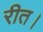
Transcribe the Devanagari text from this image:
रीत।